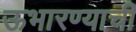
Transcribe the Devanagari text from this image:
ऊभारण्याची